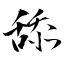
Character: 舔